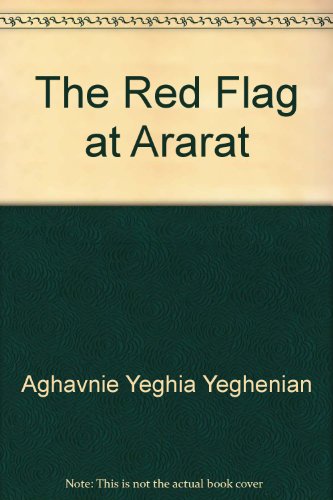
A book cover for The Red Flag at Ararat; Aghavnie Yeghia Yeghenian; Travel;